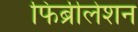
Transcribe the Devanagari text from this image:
फिब्रीलेशन